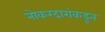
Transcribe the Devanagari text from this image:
नोकरदारांकडून